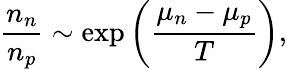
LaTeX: {\frac{n_{n}}{n_{p}}}\sim\exp\left({\frac{\mu_{n}-\mu_{p}}{T}}\right),